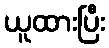
ယူထားပြီး